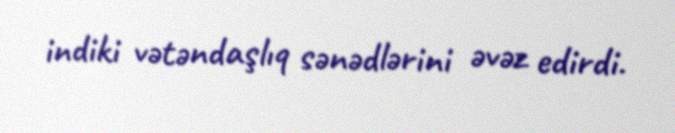
indiki vətəndaşlıq sənədlərini əvəz edirdi.